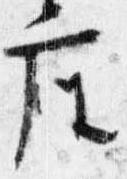
座